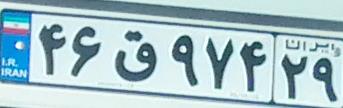
۴۶ق۹۷۴۲۹